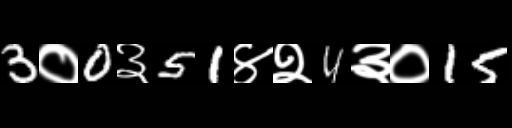
Text: 3०0३51४२4३०15